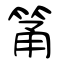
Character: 筩